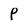
Character: P